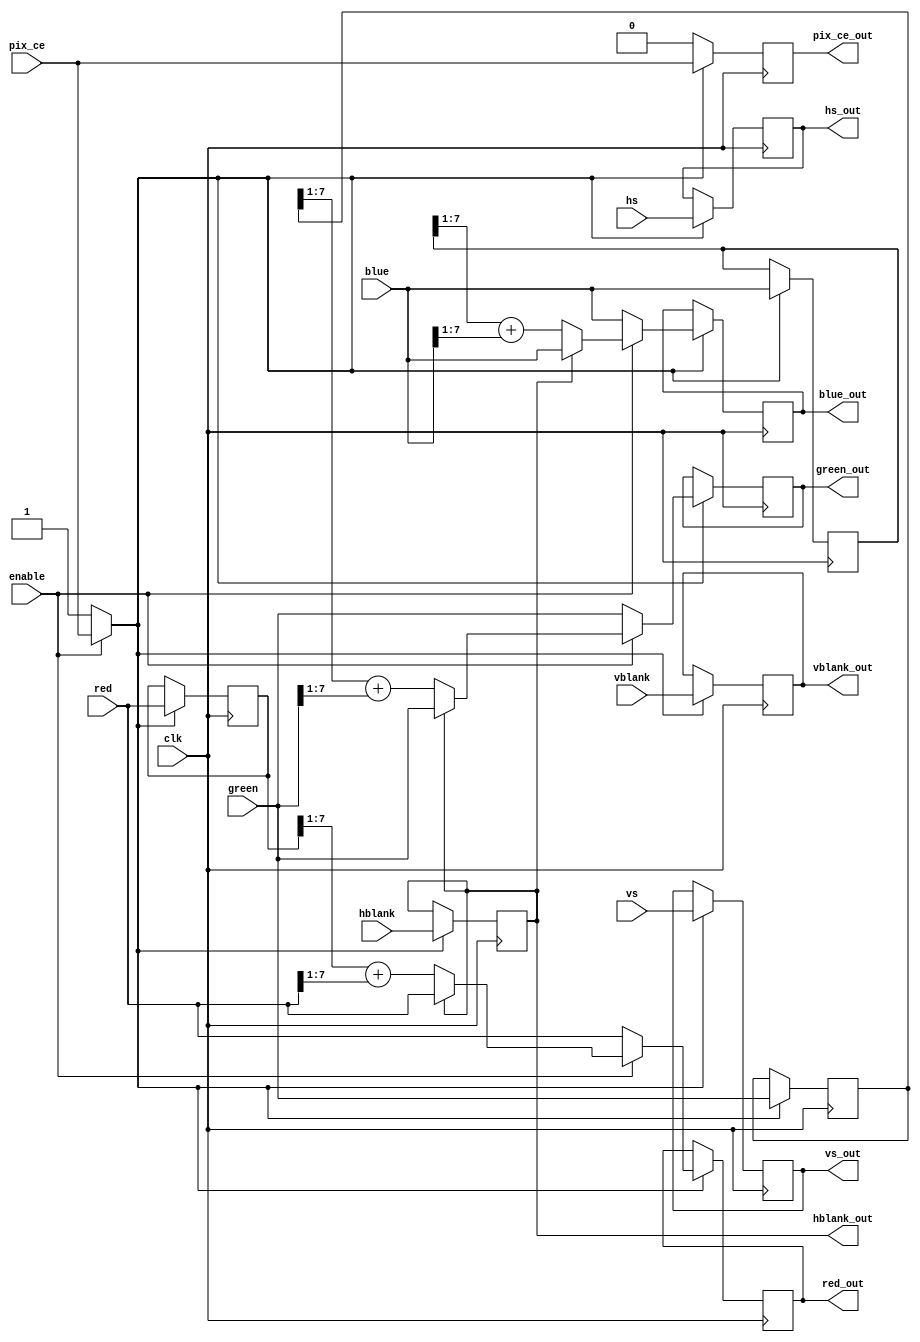
(* altera_attribute = "-name AUTO_SHIFT_REGISTER_RECOGNITION OFF" *) module cofi (
	clk,
	pix_ce,
	enable,
	hblank,
	vblank,
	hs,
	vs,
	red,
	green,
	blue,
	hblank_out,
	vblank_out,
	hs_out,
	vs_out,
	red_out,
	green_out,
	blue_out,
	pix_ce_out
);
	input clk;
	input pix_ce;
	input enable;
	input hblank;
	input vblank;
	input hs;
	input vs;
	parameter VIDEO_DEPTH = 8;
	input [VIDEO_DEPTH - 1:0] red;
	input [VIDEO_DEPTH - 1:0] green;
	input [VIDEO_DEPTH - 1:0] blue;
	output reg hblank_out;
	output reg vblank_out;
	output reg hs_out;
	output reg vs_out;
	output reg [VIDEO_DEPTH - 1:0] red_out;
	output reg [VIDEO_DEPTH - 1:0] green_out;
	output reg [VIDEO_DEPTH - 1:0] blue_out;
	output reg pix_ce_out;
	function [VIDEO_DEPTH - 1:0] color_blend;
		input [VIDEO_DEPTH - 1:0] color_prev;
		input [VIDEO_DEPTH - 1:0] color_curr;
		input blank_last;
		color_blend = (blank_last ? color_curr : (color_prev >> 1) + (color_curr >> 1));
	endfunction
	reg [VIDEO_DEPTH - 1:0] red_last;
	reg [VIDEO_DEPTH - 1:0] green_last;
	reg [VIDEO_DEPTH - 1:0] blue_last;
	wire ce = (enable ? pix_ce : 1'b1);
	always @(posedge clk) begin
		pix_ce_out <= 0;
		if (ce) begin
			hblank_out <= hblank;
			vblank_out <= vblank;
			vs_out <= vs;
			hs_out <= hs;
			pix_ce_out <= pix_ce;
			red_last <= red;
			blue_last <= blue;
			green_last <= green;
			red_out <= (enable ? color_blend(red_last, red, hblank_out) : red);
			blue_out <= (enable ? color_blend(blue_last, blue, hblank_out) : blue);
			green_out <= (enable ? color_blend(green_last, green, hblank_out) : green);
		end
	end
endmodule